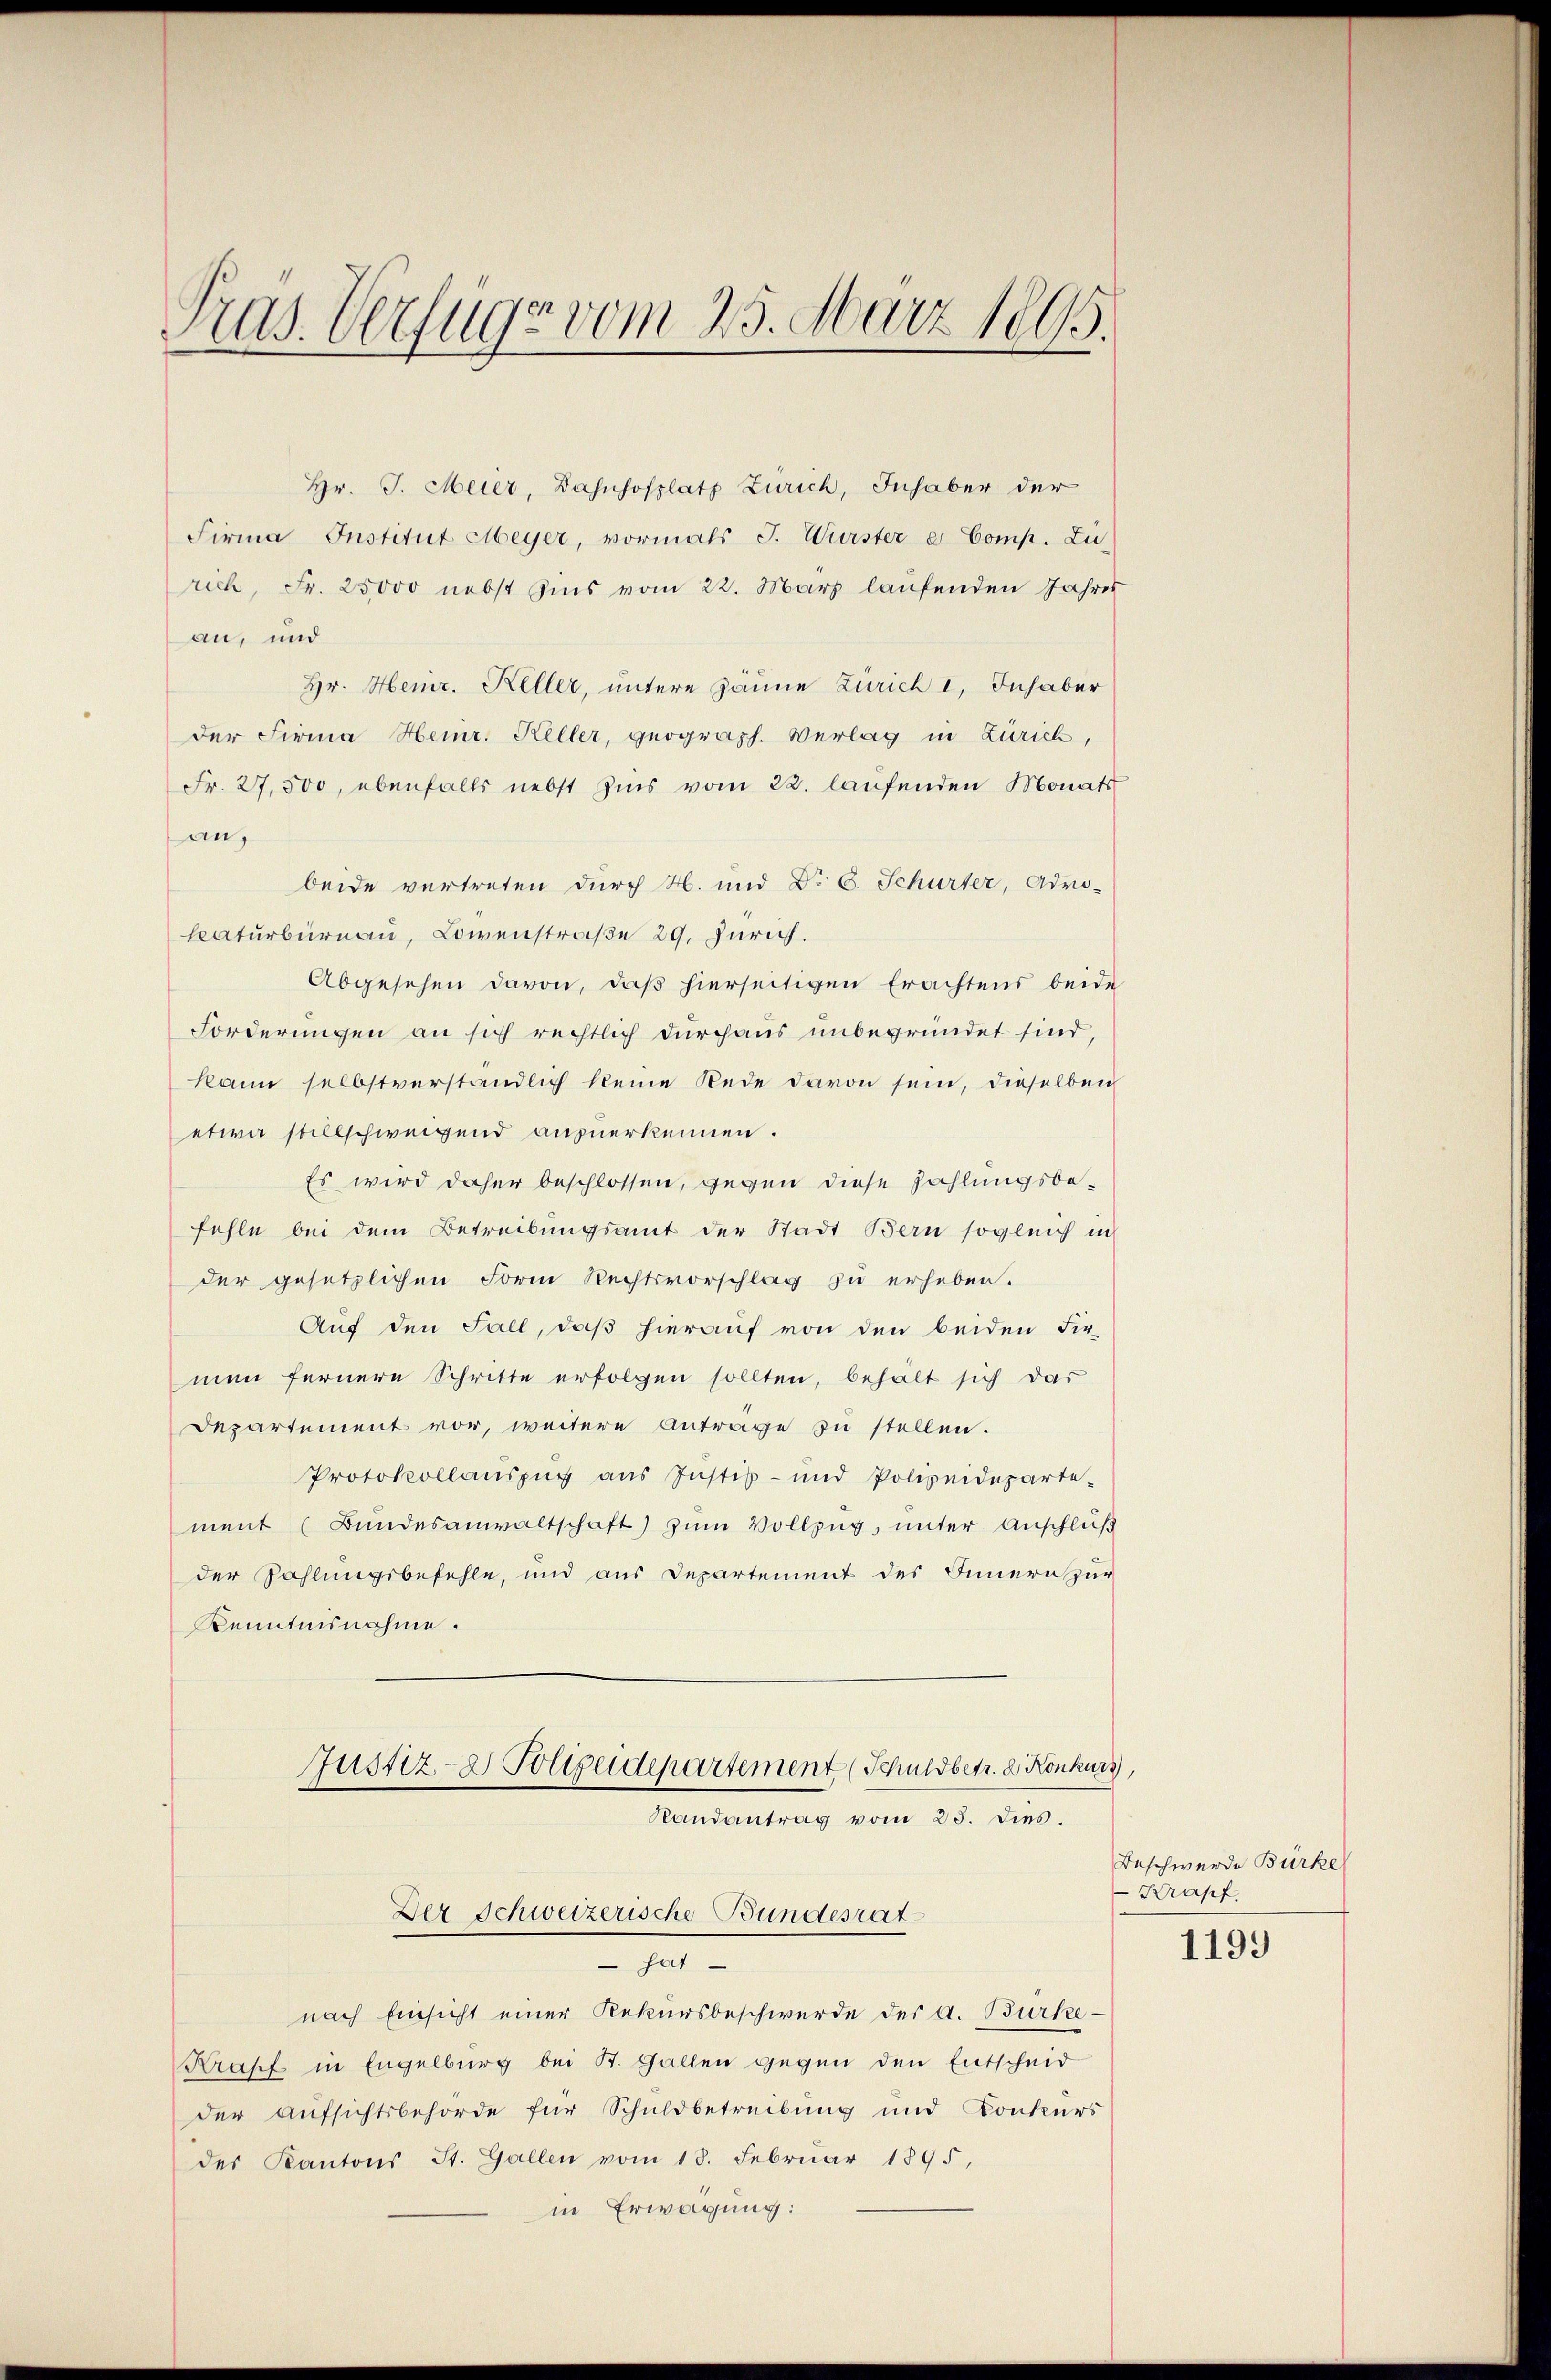
Pras. Verfüge vom 25. März 1895.

Hr. J. Meier, Bahnhofplatz Zürich, Inhaber der
Firma Institut Meyer, vormals J. Wurster e Comp. Zu
rich, Fr. 25,000 nebst bis vom 22. März laufenden Jahres
an, und
Hr. Heinr. Keller, untere Zäune Zürich I. Inhaber
der Firma Heinr. Keller, geograph. Verlag in Zürich,
Fr. 27,500, ebenfalls nebst Zins vom 22. laufenden Monats
an,
beide vertreten durch H. und Dr. C. Schurter, Admi-
katurburnau, Löwenstraße 29. Zürich.
Abgesehen davon, daß hierseitigen Erachtens beide
Forderungen an sich rechtlich durchaus unbegründet sind,
kann selbstverständlich keine Rede davon sein, dieselben
etwa stillschweigend anzuerkennen.
Es wird daher beschlossen, gegen diese Zahlungsbefehle bei dem Betreibungsamt der Stadt Bern sogleich in
der gesetzlichen Form Rechtsvorschlag zu erheben.
Auf den Fall, daß hierauf von den beiden Fir-
men fernere Schritte erfolgen sollten, behalt sich das
Departement vor, weitere Antrage zu stellen.
Protokollauszug aus Justiz- und Polizeideparte-
ment (Bundesanwaltschaft) zum Vollzug, unter Anschluß
der Zahlungsbefehle, und aus Departement des Innern zur
Kenntnisnahme.
Justiz- Polizeidepartement (Schuldbetr. d. Konkurs

Randantrag vom 25. dies.

Der Schweizerische Bundesrat

hat
nach Einsicht einer Rekursbeschwerde der A. Burke¬
Krapf in Engelburg bei St. Gallen gegen den Entscheid
der Aufsichtsbehörde für Schuldbetreibung und Konkurs
des Kantons St. Gallen vom 18. Februar 1895,
in Erwägung:

Beschwerde Bürke
Krapf

1199